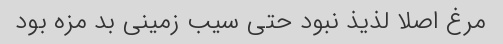
مرغ اصلا لذیذ نبود حتى سیب زمینى بد مزه بود